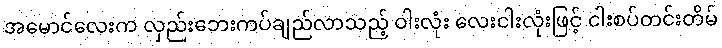
အမောင်လေးက လှည်းဘေးကပ်ချည်လာသည့် ဝါးလုံး လေးငါးလုံးဖြင့် ငါးစပ်တင်းတိမ်